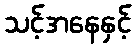
သင့်အနေနှင့်